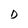
Character: D